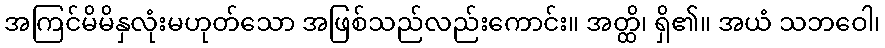
အကြင်မိမိနှလုံးမဟုတ်သော အဖြစ်သည်လည်းကောင်း။ အတ္ထိ၊ ရှိ၏။ အယံ သဘဝေါ၊